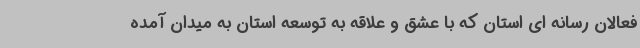
فعالان رسانه ای استان که با عشق و علاقه به توسعه استان به میدان آمده